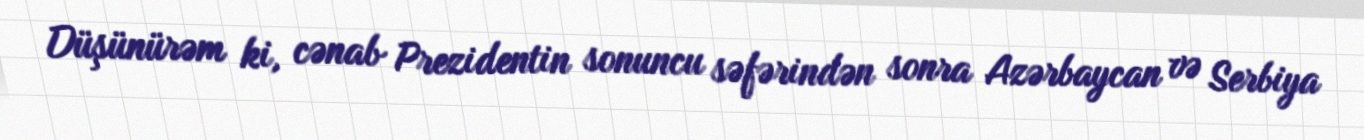
Düşünürəm ki, cənab Prezidentin sonuncu səfərindən sonra Azərbaycan və Serbiya